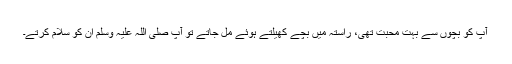
آپ کو بچوں سے بہت محبت تھی، راستہ میں بچے کھیلتے ہوئے مل جاتے تو آپ صلی اللہ علیہ وسلم ان کو سلام کرتے۔